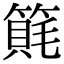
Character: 𥲨